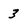
Character: 3